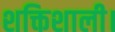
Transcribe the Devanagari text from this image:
शक्तिशाली।